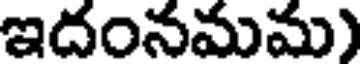
ఇదంనమమ)